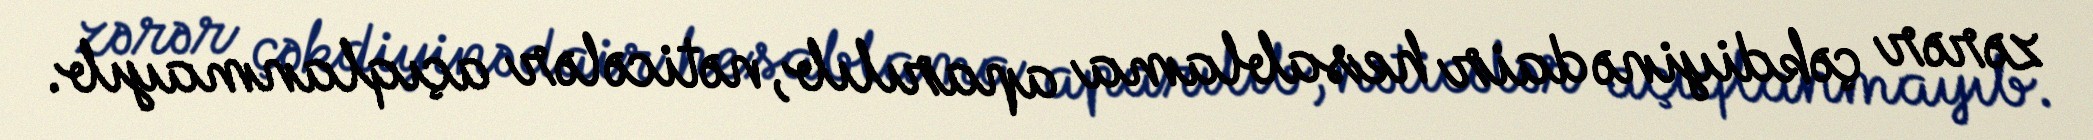
zərər çəkdiyinə dair hesablama aparılıb, nəticələr açıqlanmayıb.